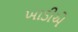
ખાડીએ